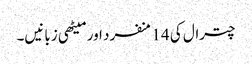
چترال کی 14 منفرد اور میٹھی زبانیں۔